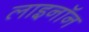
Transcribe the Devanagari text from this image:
लाइनॉन